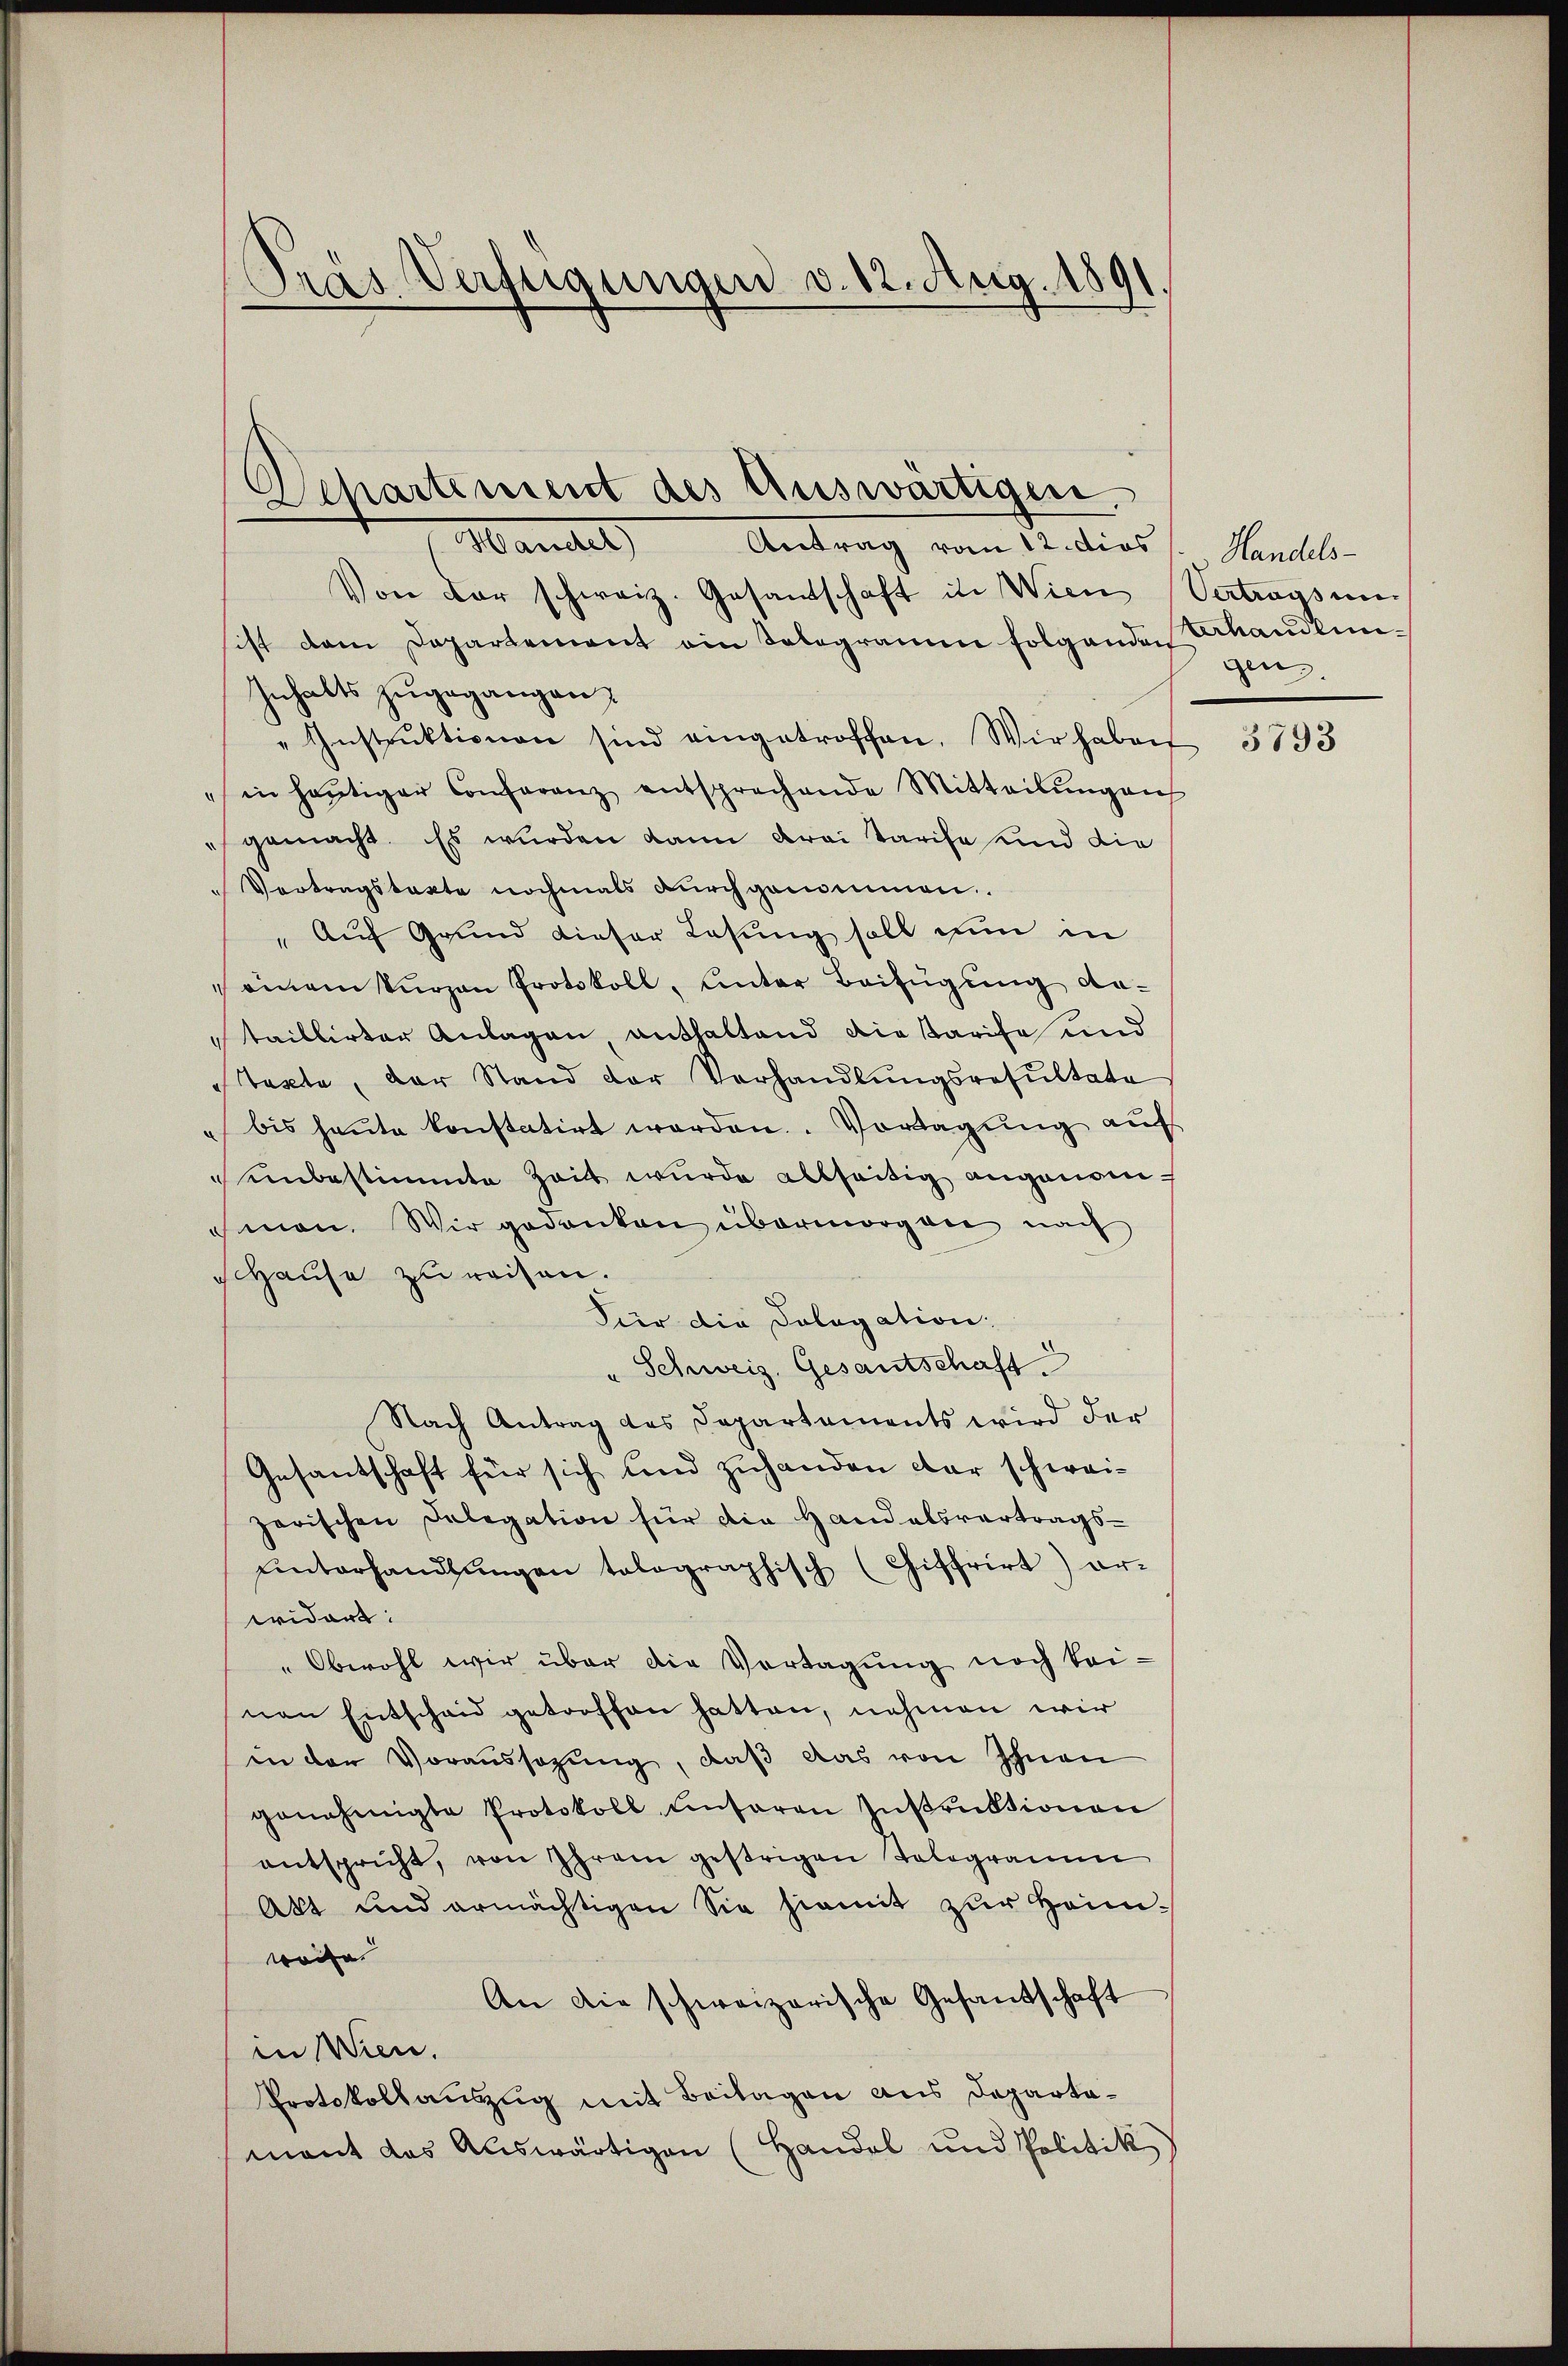
Pras Verfügungen v. 12. Aug. 1891.

Departement des Auswärtigen.
Wandel) Antrag vom 12. dies

Von der schweiz. Gesandschaft in Wien Vertragsum
sist dem Departement ein Telegramm folgenden Khandlun¬
Inhalts zugegangen;
"Instrŭktionen sind eingetroffen. Wir haben
in heŭtiger Conferenz entsprechende Mitteilŭngen
" gemacht. Es wurden kann drei Tarife und die
Vortragstacte nochmals durchgenommen.
" Auf Grund dieser Lesung soll nun in
 einem kurzen Protokoll, ŭnter Beifügŭng da-
taillirter Anlagen, enthaltend die Tarife und
Texte, der Stand der Verhandlŭngsresultate
bis heŭte konstatirt werden. Vortragŭng auf
einbestimmte Zeit wurde allseitig angenom
hmen. Wir gedanken übermorgen nach
Hause zu reisen.
hier die Pologation:
" Schweiz. Gesantschaft.
Nach Antrag des Departements wird der
Gesandschaft für sich und zuhanden dar schweizarischen Delegation für die Handelsvertrags-
ŭnterhandlŭngen tolographisch (Chiffrirt) er-
widert:
"Obwohl wir über die Vertagung noch bei-
nen Entscheid getroffen hatten, nehmen wir
in der Voraussagung, daß das von Ihnen
genehmigte Protokoll unseren Instruktionen
entspricht, von Ihrem gestrigen Tologramm
Akt und ermächtigen Sie hiemit zur Heinweife
An die schweizerische Gesandschaft
in Wien.
Protokollauszug mit Beilagen aus Departamant das Auswärtigen (Handel und Politik

Handels-
gen

3793